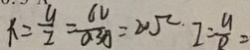
R = \frac { U } { I } = \frac { 6 V } { 0 . 3 A } = 2 0 \Omega \cdot I = \frac { u } { R } =